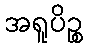
အရူပိဉ္စ